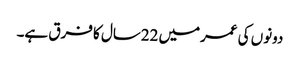
دونوں کی عمرمیں 22سال کا فرق ہے۔